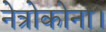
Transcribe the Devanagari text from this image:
नेत्रोकोना।